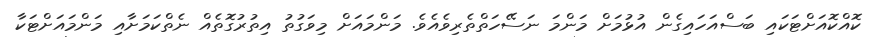
ކޮއްކޮއަށްޓަކައި ބަސްއަހައިގެން އުޅުމަށް މަންމަ ނަސޭހަތްތެރިވެއެވެ. މަންމައަށް މިވަގުތު އިތުރުގޮތެއް ނެތްކަމަށާއި މަންމައަށްޓަކާ